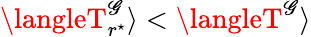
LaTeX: \langleT_{r^{\star}}^{\mathscr{G}}\rangle<\langleT^{\mathscr{G}}\rangle